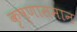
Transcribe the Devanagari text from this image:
कृष्णासमान